Annual statistical returns and brief notes on vaccination in Bengal - 1896-1909
Year: 1896
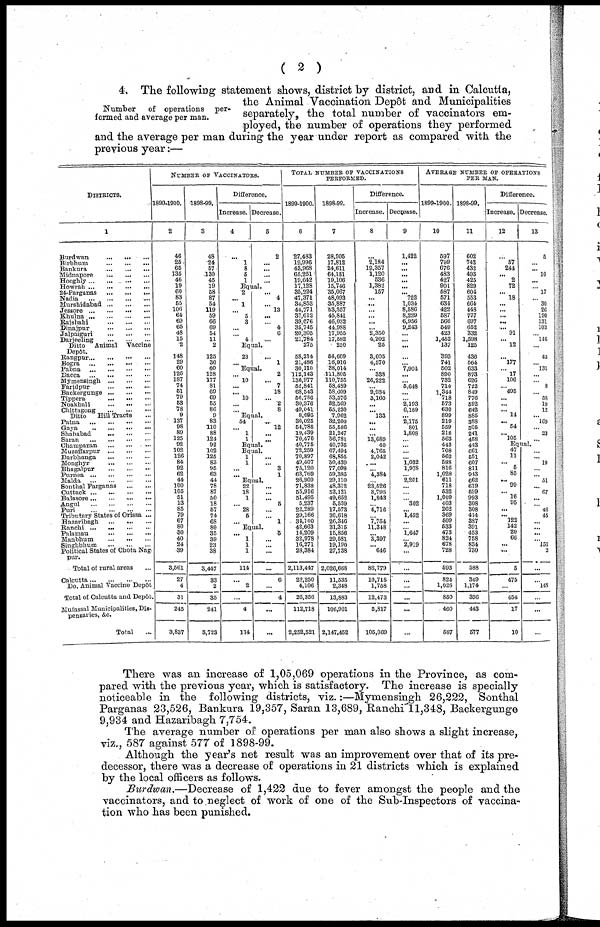
( 2 )
Number of operations per-
formed and average per man.
4. The following statement shows, district by district, and in Calcutta,
the Animal Vaccination Depôt and Municipalities
separately, the total number of vaccinators em-
ployed, the number of operations they performed
and the average per man during the year under report as compared with the
previous year:—
DISTRICTS
1
Burdwan
...
...
...
Birbhum
...
...
...
Bankura
...
...
...
Midnapore
...
...
...
Hooghly...
...
...
...
Howrah
...
...
...
...
24-Parganas
...
... ...
Nadia
...
...
...
...
Murshidabad
...
...
...
Jessore
...
...
...
...
Khulna
...
...
...
...
Rajshahi
...
...
...
Dinajpur
...
...
...
Jalpaiguri
...
...
...
Darjeeling
...
...
...
Ditto
Animal
Vaccine
Depôt.
Rangpur
...
...
...
...
Bogra
...
...
...
...
Pabna
...
...
...
...
Dacca
...
...
...
...
Mymensingh
...
...
...
Faridpur
...
...
...
Backergunge
...
...
...
Tippera
...
...
...
Noakhali
...
...
...
Chittagong ... ... ...
Ditto
Hill Tracts ...
Patna
...
...
...
...
Gaya
..
...
...
...
Shahabad
...
...
...
Saran
...
...
...
...
Champaran
...
...
...
Muzaffarpur
...
...
...
Darbhanga
...
...
...
Monghyr
...
...
...
Bhagalpur
...
...
...
Purnea
...
...
...
...
Malda
...
...
...
...
Sonthal Parganas
...
...
Cuttack
...
...
...
...
Balasore...
...
...
...
Angul
...
...
...
...
Puri
...
...
...
...
Tributary States of Orissa ...
Hazaribagh
...
...
...
Ranchi ...
...
...
...
Palamau
...
...
...
Manbhum
...
...
...
Singhbhum
...
...
...
Political States of Chota Nag¬
pur.
Total of rural areas ...
Calcutta...
... . ...
...
Do. Animal Vaccine Depôt
Total of Calcutta and Depôt.
Mufassal Municipalities, Dis-
pensaries, &c.
Total
...
NUMBER OF VACCINATORS.
1899-1900.
2
46
25
65
135
46
19
60
83
55
106
64
69
65
48
15
2
148
29
60
126
187
74
51
79
53
78
9
137
98
89
125
92
102
126
84
92
62
44
100
105
51
13
85
79
67
80
30
40
24
39
3,561
27
4
31
245
3,837
1898-99.
3
48
24
57
130
45
19
68
87
54
119
59
66
69
54
11
2
125
30
60
128
177
81
69
69
55
86
9
83
110
88
124
92
102
125
83
95
63
44
78
87
50
18
57
74
68
80
35
39
23
38
3,447
33
2
35
241
3,723
Difference.
Increase.
4
...
1
8
5
1
Decrease.
5
2
...
...
...
...
Equal.
2
... 1
...
5
3
...
...
4
... 4
... 13
...
... 4
6
...
Equal.
23
...
... 1
Equal.
... 10
...
... 10
...
...
2
... 7
18
... 2
8
Equal.
54
... 1
1
... 12
... ...
Equal.
Equal.
1
1
...
...
...
... 3 1
Equal.
22
18
1
... 28
5
...
...
... ... 5
...
... 1
Equal.
...
1
1
1
114
...
2
...
4
114
5
...
...
...
...
6
...
4
...
...
TOTAL NUMBER OF VACCINATIONS
PERFORMED.
1899-1900.
6
27,483
19,996
43,968
65,251
19,642
17,128
35,224
47,371
34,853
44,771
37,612
39,076
35,745
20,305
21,784
275
58,214
21,486
30,110
112,143
136,977
52,841
68,543
56,736
30,376
49,041
8,095
30,025
54,785
19,439
70,470
40,775
72,259
70,897
49,407
75,120
63,769
26,909
71,838
55,916
51,495
5,237
22,289
29,166
34,100
42,663
14,209
32,978
16,271
28,384
2,113,447
22,250
4,106
26,356
112,718
2,252,521
1898-99.
7
28,905
17,812
24,611
64,131
19,106
15,746
35,067
48,093
35,887
53,357
45,841
46,032
44,988
17,955
17,582
250
54,609
16,910
38,014
111,805
110,755
58,489
58,609
53,576
32,569
55,230
7,962
32,200
55,586
21,247
56,781
40,735
67,494
68,855
50,439
77,098
59,385
29,110
48,312
52,121
49,652
5,539
17,573
30,618
26,346
31,315
15,856
29,581
19,190
27,738
2,026,668
11,535
2,348
13,883
106,901
2,147,452
Difference.
Increase.
8
...
2,184
19,357
1,120
536
1,382
157
...
...
... ...
...
... 2,350
4,202
25
3,605
4,570
... 338
26,222
... 9,934
3,160
...
... 133
...
...
...
13,689
40
4,765
2,042
...
... 4,384
... 23,526
3,795
1,843
... 4,716
... 7,754
11,348
... 3,397
... 646
86,779
10,715
1,758
12,473
5,817
105,069
Decrease.
9
1,422
...
...
...
...
...
... 722
1,034
8,586
8,229
6,956
9,243
...
... ...
...
... 7,904
... ... 5,648
...
... 2,193
6,189
... 2,175
801
1,808
...
... ...
... 1,032
1,978
... 2,201
...
...
... 302
... 1,452
...
... 1,647
... 2,919
...
...
...
...
...
...
...
AVERAGE NUMBER OF OPERATIONS
PER MAN.
1899-1900.
10
597
799
676
483
427
901
587
571
634
422
587
566
549
423
1,452
137
393
741
502
890
732
714
1,344
718
573
630
899
219
559
218
563
443
708
562
588
816
1,028
611
718
532
1,009
403
262
369
509
533
473
824
678
728
593
824
1,026
850
460
587
1898-99.
11
602
742
432
493
425
829
604
553
664
448
777
697
652
332
1,598
125
436
564
633
873
626
722
849
776
592
642
885
388
505
241
458
443
661
551
607
811
943
662
619
599
993
308
308
414
387
391
453
758
834
730
588
349
1,174
396
443
577
Difference.
Increase.
12
...
57
244
... 2
72
... 18
...
...
...
...
... 91
... 12
... 177
... 17
106
... 495
...
...
... 14
... 54
... 105
Decrease.
13
5
... ... 10
...
... 17
... 30
26
190
131
103
146
...
...
43
... 131
...
... 8
... 58
19
12
... 169
... 23
...
Equal.
47
11
... 5
85
... 99
... 16
95
...
... 122
142
20
66
...
...
5
475
...
454
17
10
... ... 19
... ... 51
... 67
...
... 46
45
...
...
... ... 156
2
...
148
...
...
...
...
There was an increase of 1,05,069 operations in the Province, as com-
pared with the previous year, which is satisfactory. The increase is specially
noticeable in the following districts, viz.:—Mymensingh 26,222, Sonthal
Parganas 23,526, Bankura 19,357, Saran 13,689, Ranchi 11,348, Backergunge
9,934 and Hazaribagh 7,754.
The average number of operations per man also shows a slight increase,
viz., 587 against 577 of 1898-99.
Although the year's net result was an improvement over that of its pre-
decessor, there was a decrease of operations in 21 districts which is explained
by the local officers as follows.
Burdwan.—Decrease of 1,422 due to fever amongst the people and the
vaccinators, and to neglect of work of one of the Sub-Inspectors of vaccina-
tion who has been punished.